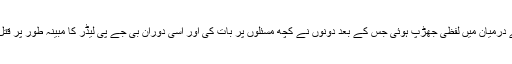
دونوں کے درمیان میں لفظی جھڑپ ہوئی جس کے بعد دونوں نے کچھ مسئلوں پر بات کی اور اسی دوران بی جے پی لیڈر کا مبینہ طور پر قتل کردیاگیا۔